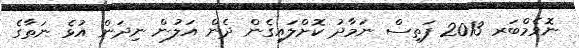
ނޮވެމްބަރ 2013 ފަތިސް ނަމާދު ކޮށްލައިގެން ދެން އަލުން ނިދަން އުޅެ ނަތާގެ